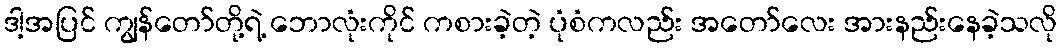
ဒါ့အပြင် ကျွန်တော်တို့ရဲ့ ဘောလုံးကိုင် ကစားခဲ့တဲ့ ပုံစံကလည်း အတော်လေး အားနည်းနေခဲ့သလို